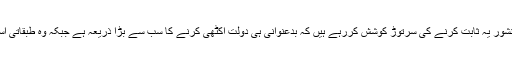
عمران خان اور ان کے حامی دانشور یہ ثابت کرنے کی سرتوڑ کوشش کررہے ہیں کہ بدعنوانی ہی دولت اکٹھی کرنے کا سب سے بڑا ذریعہ ہے جبکہ وہ طبقاتی استحصال کو نظرانداز کرتے ہیں۔